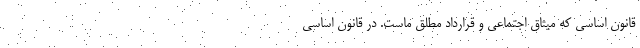
قانون اساسی که میثاق اجتماعی و قرارداد مطلق ماست. در قانون اساسی